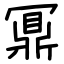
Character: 鼏